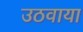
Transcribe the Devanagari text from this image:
उठवाया